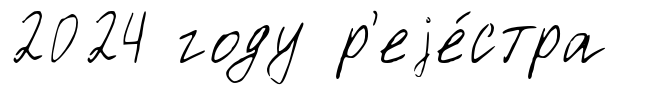
2024 году р'еjе́стра